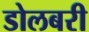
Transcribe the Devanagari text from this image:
डोलबरी